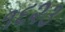
૧૬૨૩